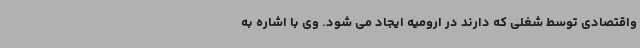
واقتصادی توسط شغلی که دارند در ارومیه ایجاد می شود. وی با اشاره به